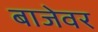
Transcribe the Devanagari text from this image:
बाजेवर